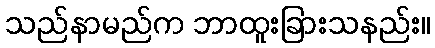
သည်နာမည်က ဘာထူးခြားသနည်း။